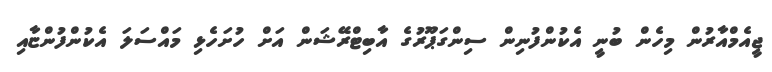
ޖީއެމްއާރުން މިހެން ބުނީ އެކުންފުނިން ސިންގަޕޫރުގެ އާބިޓްރޭޝަން އަށް ހުށަހެޅި މައްސަލަ އެކުންފުންޏާއި